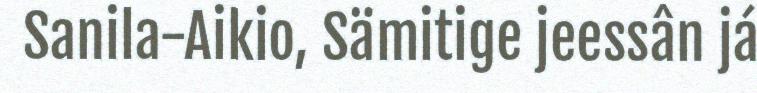
Sanila-Aikio, Sämitige jeessân já